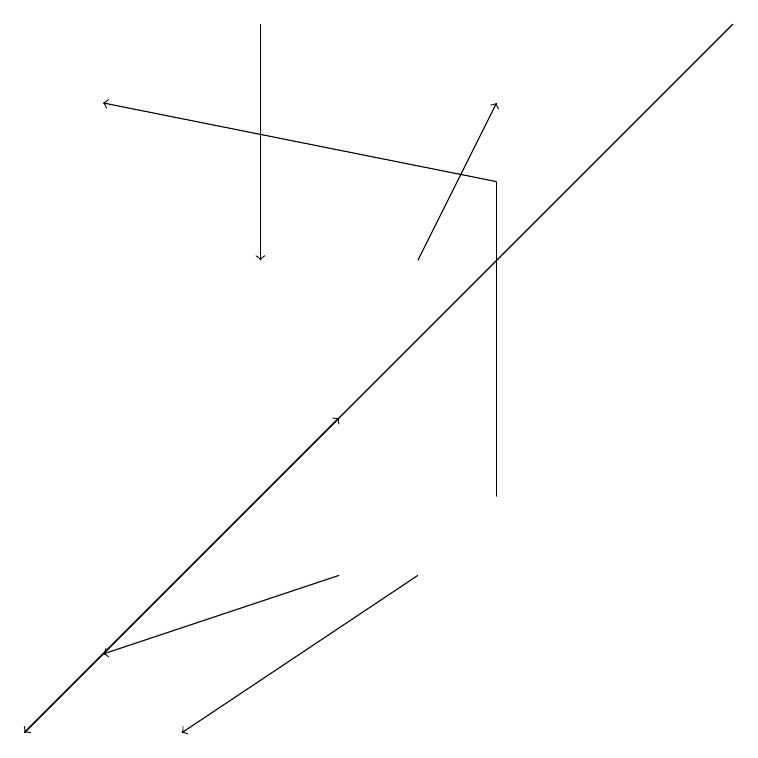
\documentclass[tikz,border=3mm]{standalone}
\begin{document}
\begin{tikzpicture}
\draw (6,17) rectangle (6,13);
\draw[->] (9,19) -- (0,10);
\draw[->] (6,17) -- (1,18);
\draw[->] (4,12) -- (1,11);
\draw[->] (3,19) -- (3,16);
\draw[->] (5,12) -- (2,10);
\draw[->] (0,10) -- (4,14);
\draw[->] (5,16) -- (6,18);
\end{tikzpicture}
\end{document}